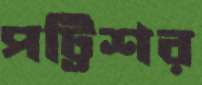
পট্টিশর